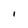
Character: l